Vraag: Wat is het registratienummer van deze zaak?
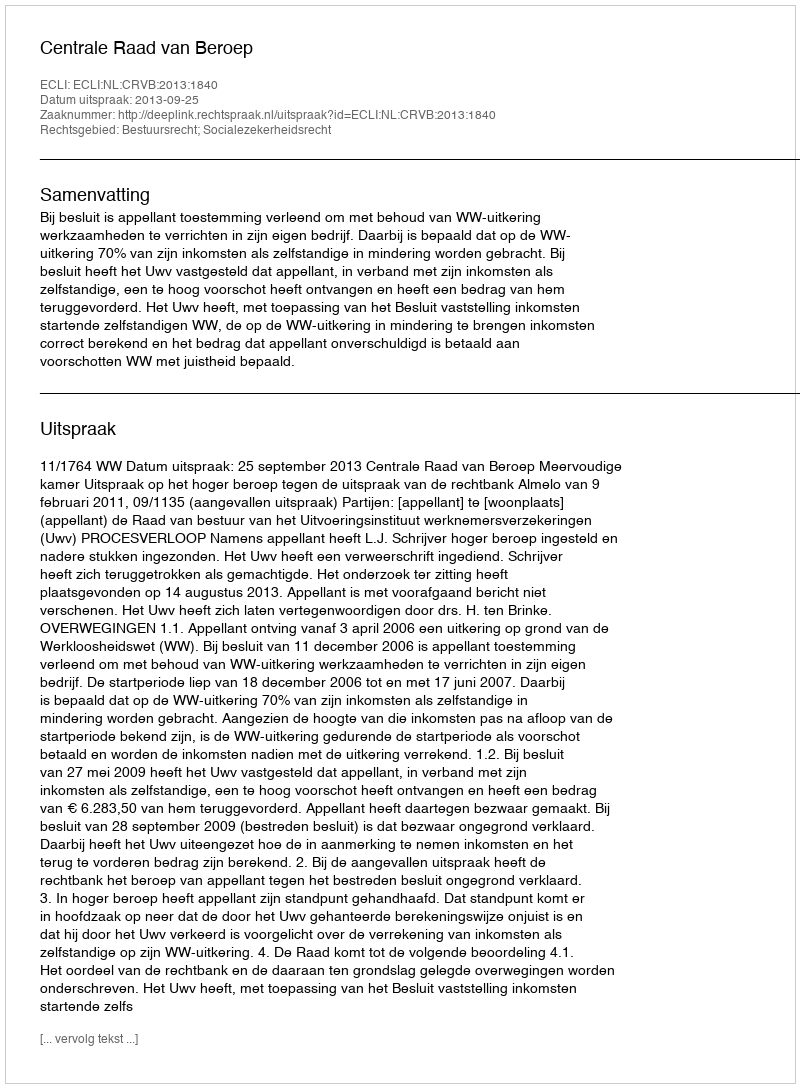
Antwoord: http://deeplink.rechtspraak.nl/uitspraak?id=ECLI:NL:CRVB:2013:1840